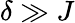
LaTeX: \delta\gg J